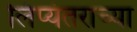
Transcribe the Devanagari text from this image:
लिप्यंतराच्या